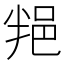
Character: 𨚚